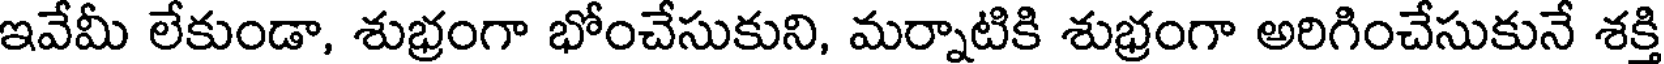
ఇవేమీ లేకుండా, శుభ్రంగా భోంచేసుకుని, మర్నాటికి శుభ్రంగా అరిగించేసుకునే శక్తి